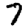
Digit: 7